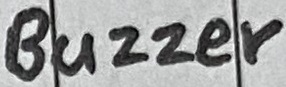
Text: Buzzer